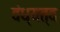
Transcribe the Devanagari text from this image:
वंध्यत्व